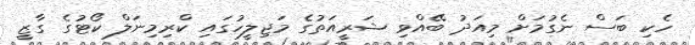
ހެކި ބަސް ނެގުމަށް މިއަދު ބޭއްވި ޝަރީއަތުގެ މަޖިލީހުގައި ކްރިމިނަލް ކޯޓުގެ ގާޒީ